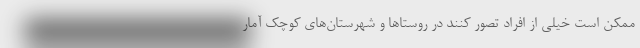
ممکن است خیلی از افراد تصور کنند در روستا‌ها و شهرستان‌های کوچک آمار